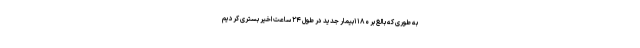
به طوری که بالغ بر ۱۱۸۰بیمار جدید در طول ۲۴ ساعت اخیر بستری کردیم